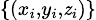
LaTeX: \scriptstyle\{ (x_{i},y_{i},\mathit{z}_{i})\}